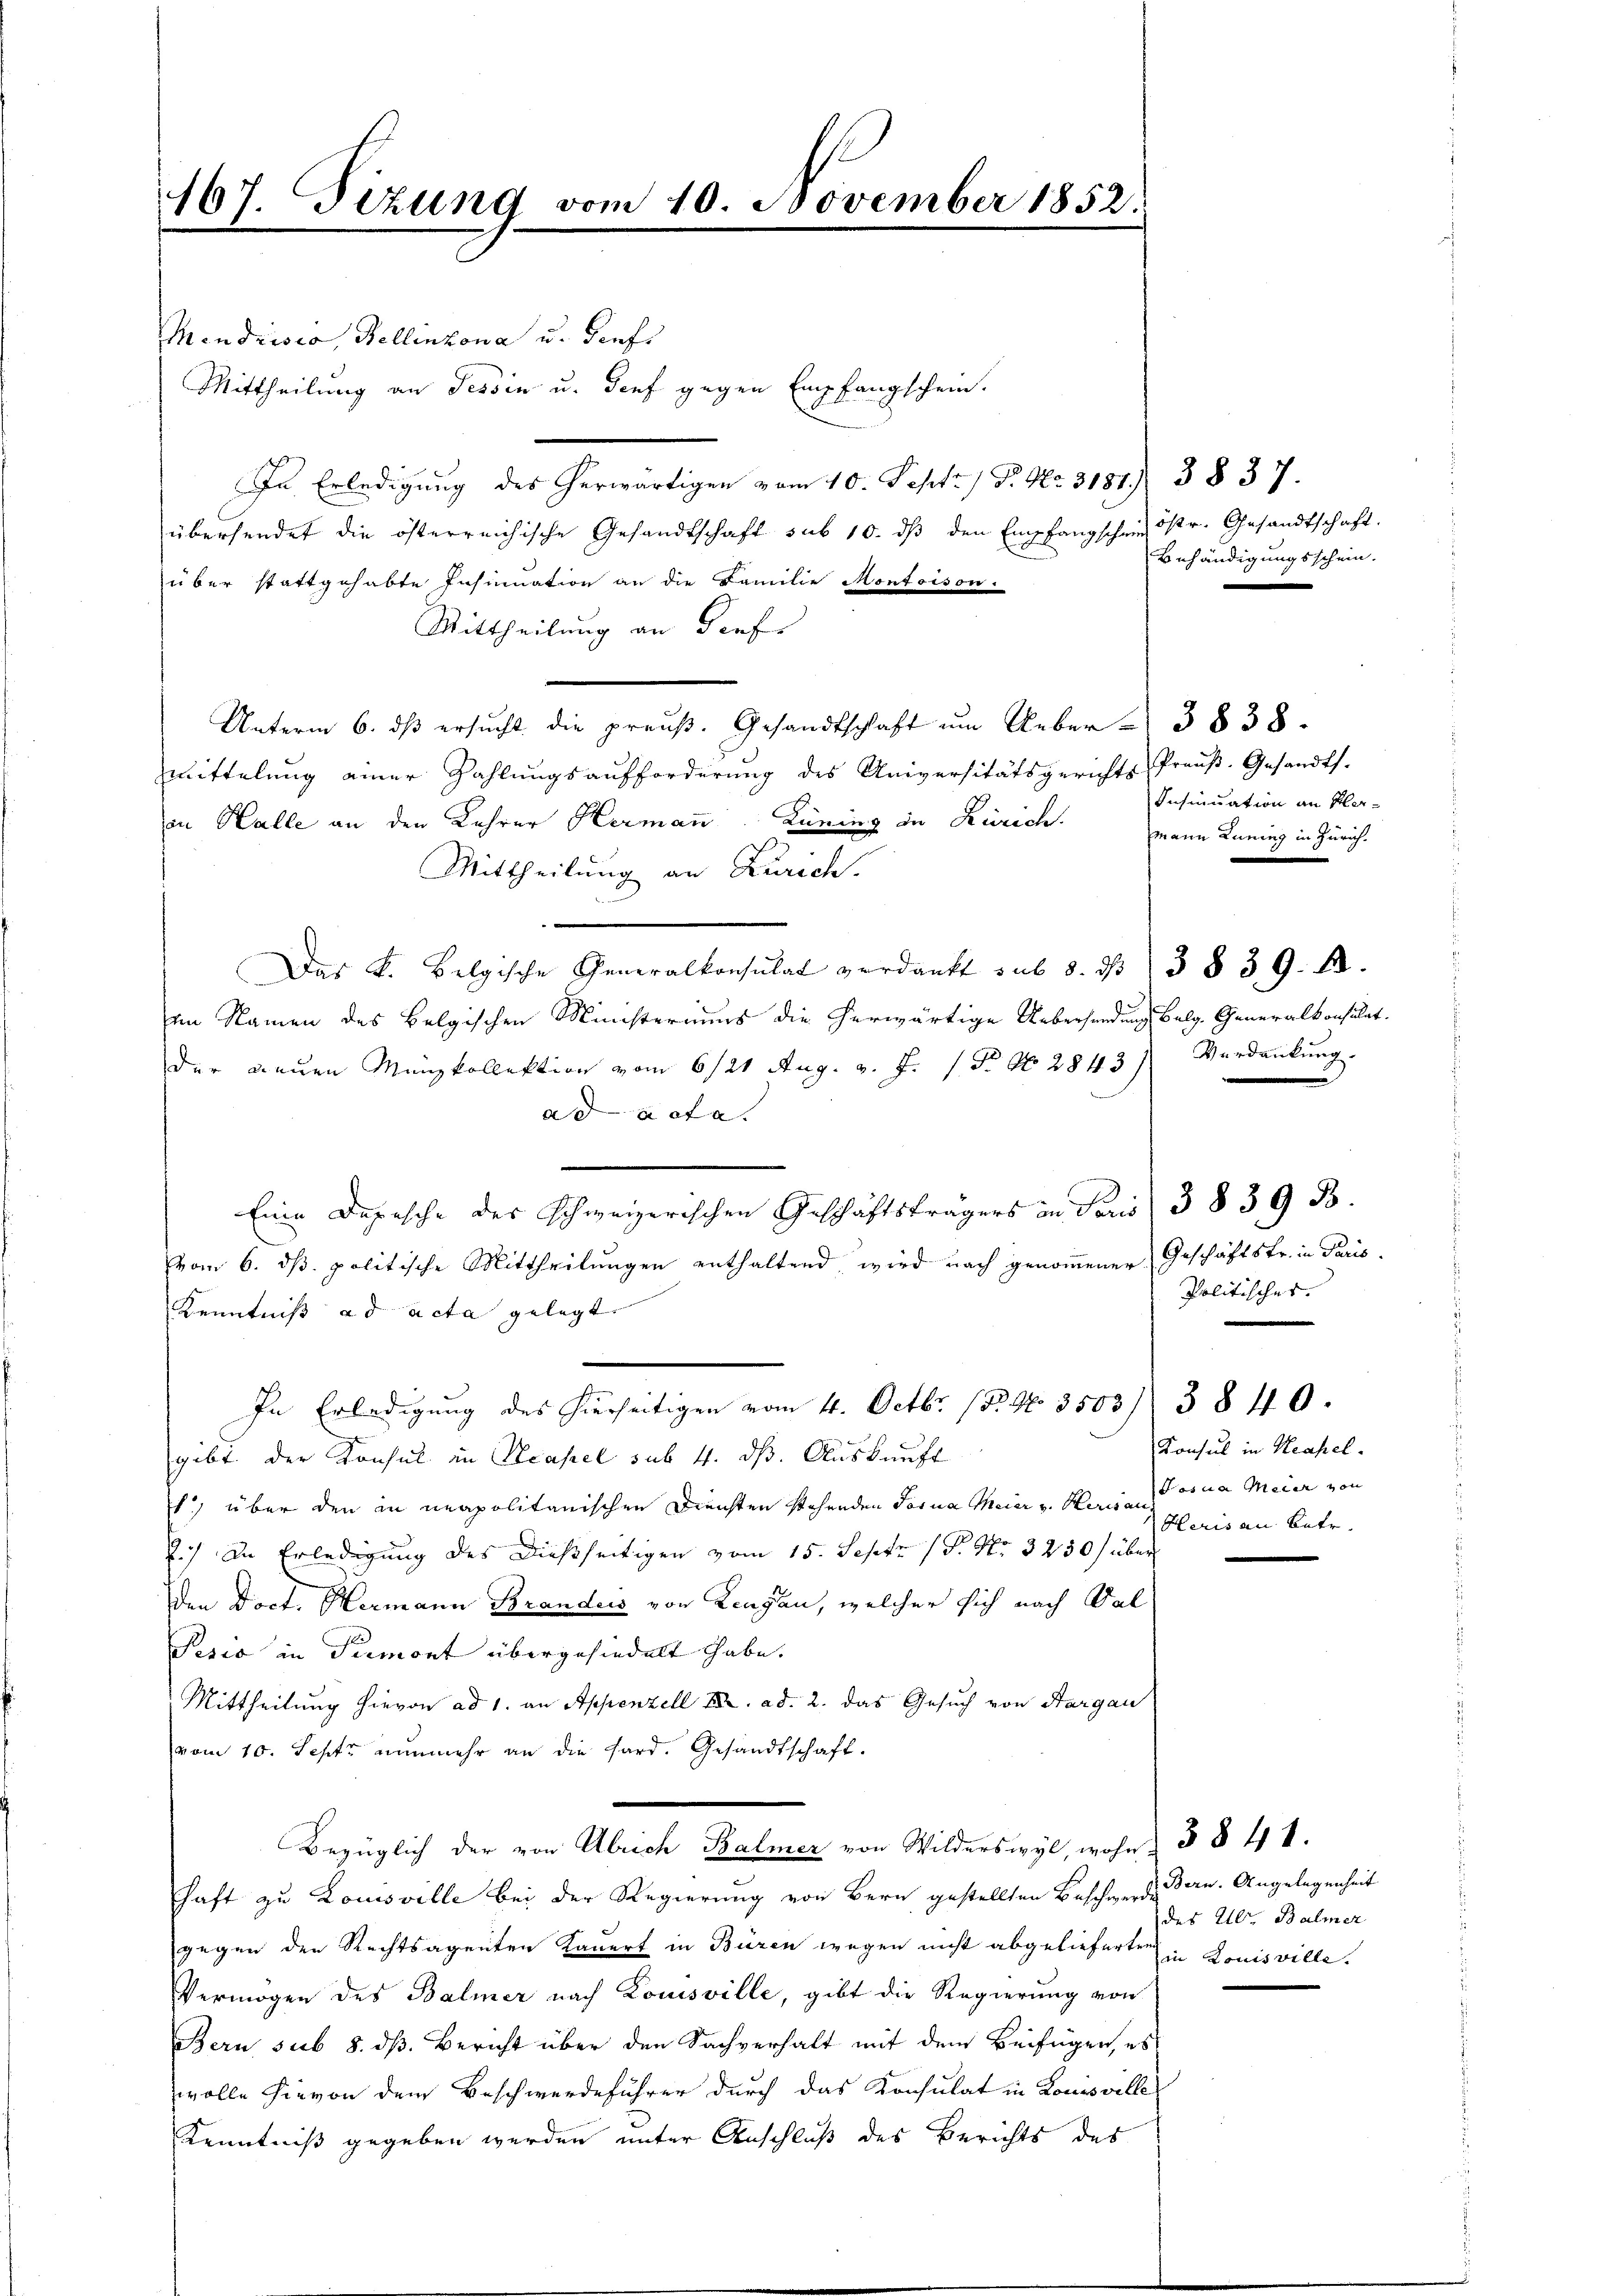
167. Tizung vom 10. November 1852.

Mendrisio, Bellinzona u. Genfs
Mittheilung an Tessin u. Genf gegen Empfangschein.
In Erledigung des herwärtigen vom 10. Sept. 1 P. Nr. 3187. 3837.
übersendet die österreichische Gesandtschaft sub 10. dβ den Empfangschen östr. Gesandtschaft.
über stattgehabte Insinuation an die Familie Montsison.
Mittheilung an dief
Unterm 6. ds ersucht die preuß. Gesandtschaft um Ueber 3838.
mittelung einer Zahlungsaufforderung des Universitätsgerichts-Präŭβ-Gesandts.
in Halle an den Lehrer Hermann. Lüning in Zürich.
s
Mittheilung an Zürich.
s
Das k. belgische Generalkonsulat verdankt sub 8. ds. 3 § 39. 12.
im Namen des belgischen Ministeriums die herwärtige Uebersendung belg. Generalkonsulat.
der dauen Münzkollektion vom 6/21. Aug. v. J. 1 Fr. No. 2843) Verdankung.
ad acte. |
Eine Depesche des schweizerischen Geschäftsträgers in Paris 3 839 B.
vom 6. ds. politische Mittheilungen enthaltend, wird nach genommener Geschäftsfr. in Paris
Kenntnis ad acta gelegt. |
In Erledigung des hierseitigen vom 4. Octbr. 18. No 3503/ 3840.
gibt der Konsul in Neapel sub. 4. dß. Auskunft
1) über den in neapolitanischen Diensten stehenden Tarna Meier v. Herisau eine Meier von
2.) In Erledigung des dießseitigen vom 15. Septe (S. Nr. 3230/ über
den Doct. Hermann Branders von Lengau, welcher sich nach Val
Pesio in Piemont übergehindelt habe. |
Mittheilung hievon ad 1. an Appenzell I. ad. 2. das Gesuch von Sargau
vom 10. Septe nunmehr an die Hard. Gesandtschaft.
Bezüglich der von Abrich Balmer von Wilderswyl, wohn 3 § 41.
haft zu Louisville bei der Regierung von Bern gestellten Beschwerden Bern. Angelegenheit
gegen den Rechtsagenten Kauert in Büren wegen nicht abgelieferten in Louisville.
Vermögen des Balmer nach Louisville, gibt die Regierung von
Bern sub 8. dß. Bericht über den Sachverhalt mit dem Beifügen, es
wolle hievon dem Beschwerdeführer durch das Konsulat in Louisville
Kenntniß gegeben werden unter Anschluß des Berichts des

Behändigungsschein.

Insinuation an Her¬
Mann Luning in Zürich.

Politisches.
Konsul in Neapel.
Heris an betr.

des Ulr. Balmer